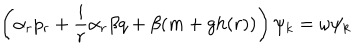
\left( \alpha _ { r } p _ { r } + \frac { i } { r } \alpha _ { r } \beta q + \beta ( m + g h ( r ) ) \right) \psi _ { k } = \omega \psi _ { k }